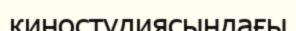
киностудиясындағы